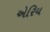
એરિય